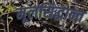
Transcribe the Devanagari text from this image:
मूलसिद्धान्त